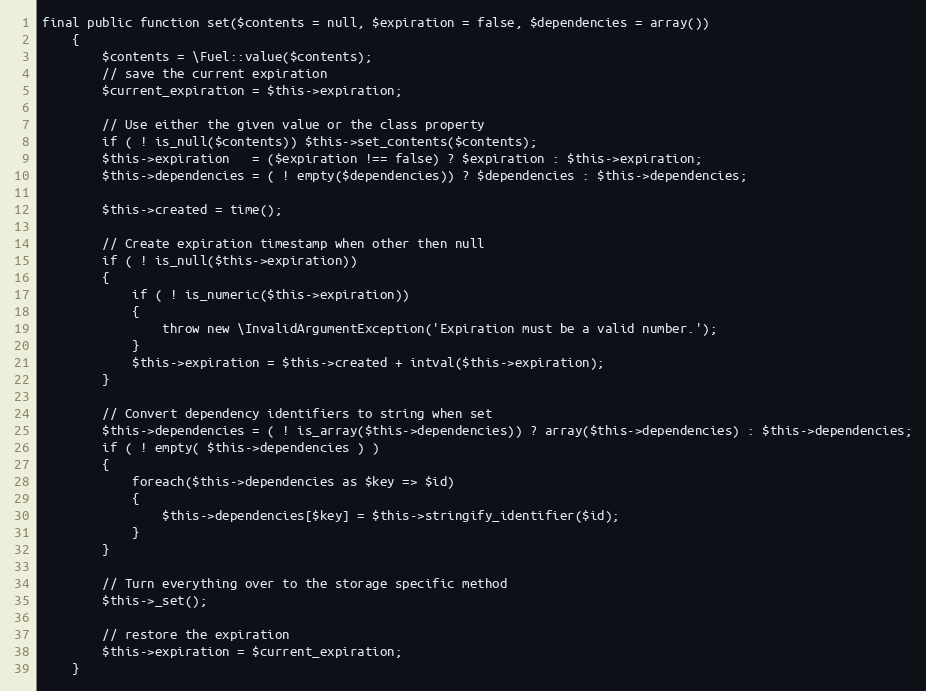
Language: PHP
final public function set($contents = null, $expiration = false, $dependencies = array())
	{
		$contents = \Fuel::value($contents);
		// save the current expiration
		$current_expiration = $this->expiration;

		// Use either the given value or the class property
		if ( ! is_null($contents)) $this->set_contents($contents);
		$this->expiration	= ($expiration !== false) ? $expiration : $this->expiration;
		$this->dependencies	= ( ! empty($dependencies)) ? $dependencies : $this->dependencies;

		$this->created = time();

		// Create expiration timestamp when other then null
		if ( ! is_null($this->expiration))
		{
			if ( ! is_numeric($this->expiration))
			{
				throw new \InvalidArgumentException('Expiration must be a valid number.');
			}
			$this->expiration = $this->created + intval($this->expiration);
		}

		// Convert dependency identifiers to string when set
		$this->dependencies = ( ! is_array($this->dependencies)) ? array($this->dependencies) : $this->dependencies;
		if ( ! empty( $this->dependencies ) )
		{
			foreach($this->dependencies as $key => $id)
			{
				$this->dependencies[$key] = $this->stringify_identifier($id);
			}
		}

		// Turn everything over to the storage specific method
		$this->_set();

		// restore the expiration
		$this->expiration = $current_expiration;
	}